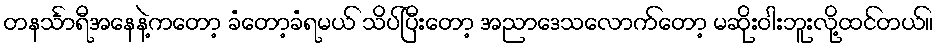
တနင်္သာရီအနေနဲ့ကတော့ ခံတော့ခံရမယ် သိပ်ပြီးတော့ အညာဒေသလောက်တော့ မဆိုးဝါးဘူးလို့ထင်တယ်။